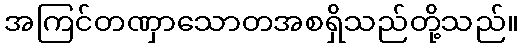
အကြင်တဏှာသောတအစရှိသည်တို့သည်။